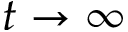
t \rightarrow \infty